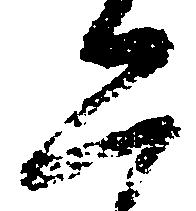
二